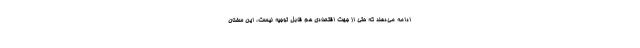
ادامه می‌دهند که حتی از جهت اقتصادی هم قابل توجیه نیست، این سخنان